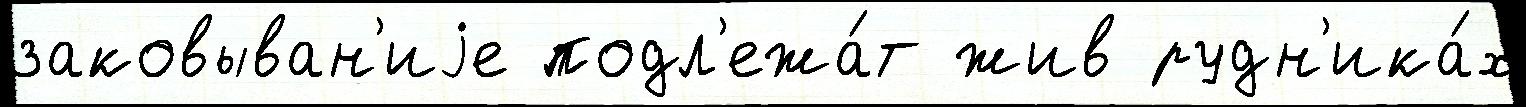
заковыван'иjе подл'ежа́т жив рудн'ика́х